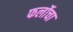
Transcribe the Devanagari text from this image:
फर्लोचा